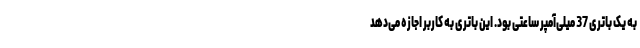
به یک باتری 37 میلی‌آمپر ساعتی بود. این باتری به کاربر اجازه می‌دهد